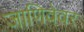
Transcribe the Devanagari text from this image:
जाणिवेवर